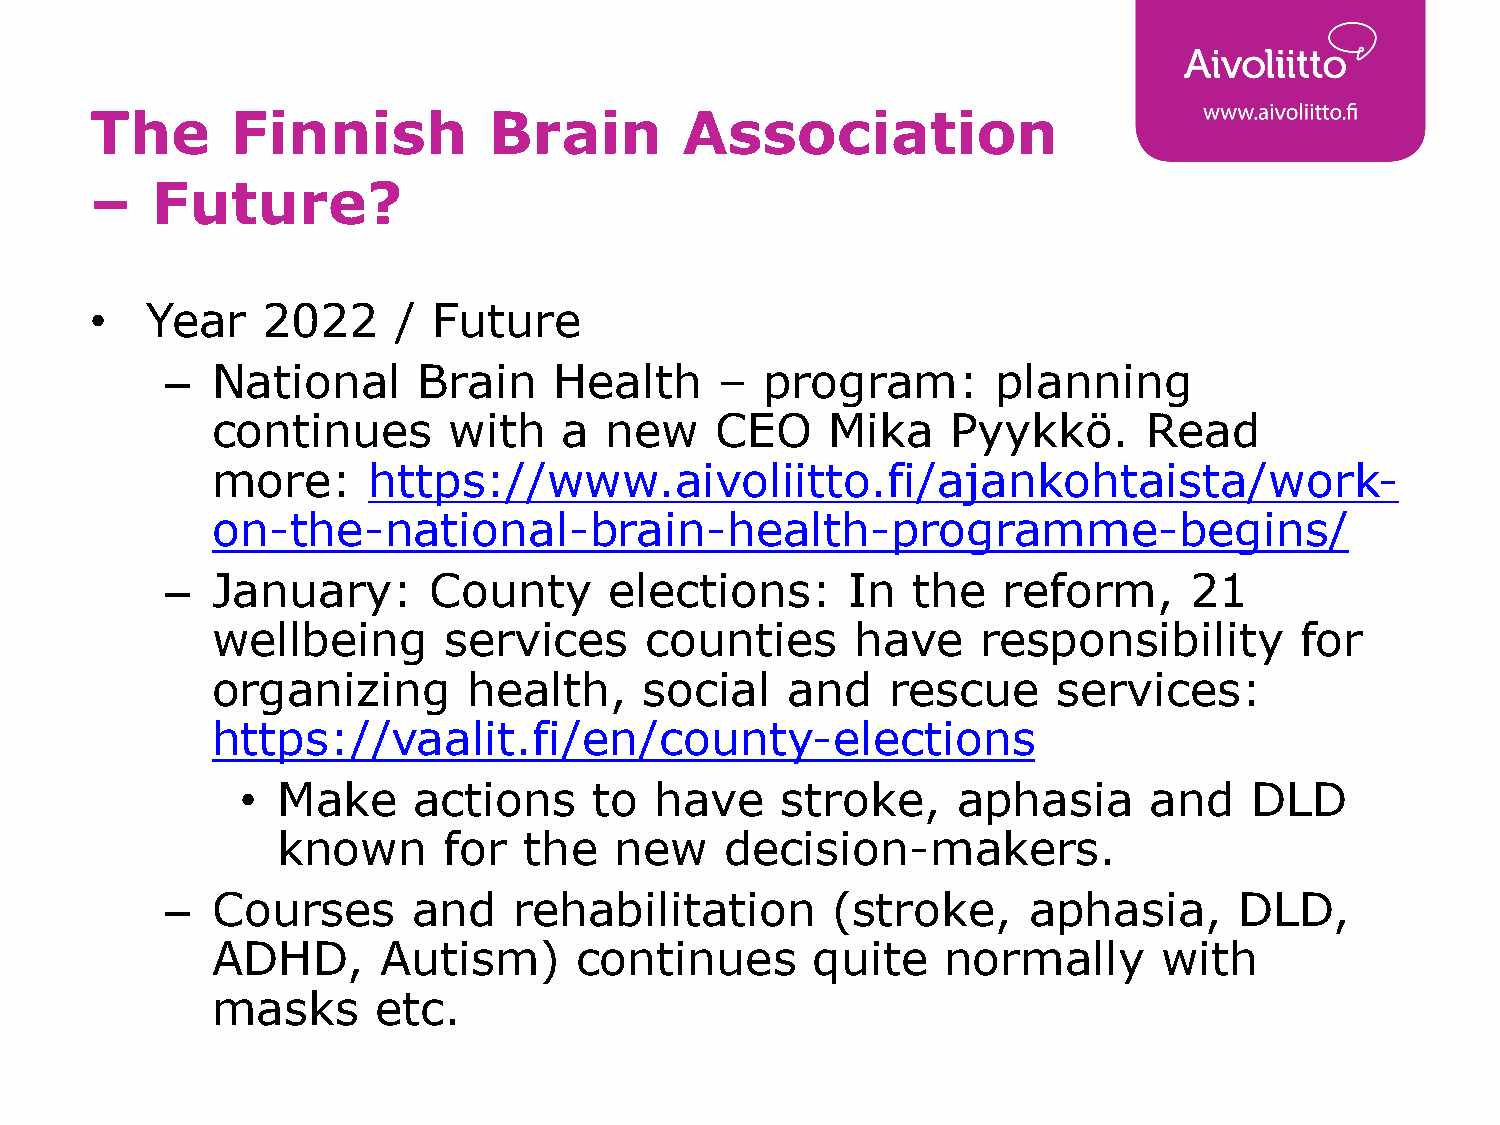
The      Finnish          Brain        Association
 –   Future?
 •   Year   2022     /  Future
 –  National      Brain    Health     –  program:       planning
 continues       with   a  new    CEO     Mika    Pyykkö.      Read
 more:     https://www.aivoliitto.fi/ajankohtaista/work-
 on-the-national-brain-health-programme-begins/
 –  January:      County      elections:      In  the   reform,      21
 wellbeing      services      counties      have    responsibility       for
 organizing       health,     social   and    rescue     services:
 https://vaalit.fi/en/county-elections
 • Make     actions     to  have     stroke,    aphasia      and    DLD
 known      for   the   new    decision-makers.
 –  Courses      and    rehabilitation       (stroke,     aphasia,      DLD,
 ADHD,      Autism)      continues       quite   normally       with
 masks      etc.